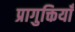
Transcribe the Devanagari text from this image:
प्रागुक्तियाँ